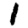
Digit: 1